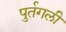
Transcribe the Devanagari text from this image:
पुर्तगली